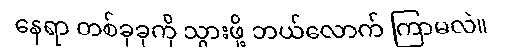
နေရာ တစ်ခုခုကို သွားဖို့ ဘယ်လောက် ကြာမလဲ။